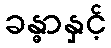
ခန္ဓာနှင့်